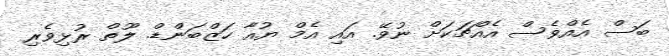
ބަސް އެއްވެސް އެއްޗަކަށް ނުވޭ. އައި އެމް ޔުއާ ހަޒްބަންޑް. ލޫތް ރުޅިވެރި